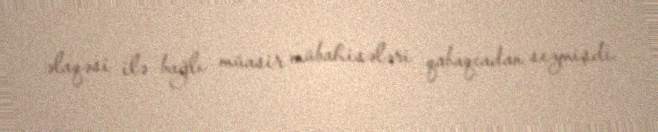
əlaqəsi ilə bağlı müasir mübahisələri qabaqcadan sezmişdi.